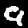
Digit: 9